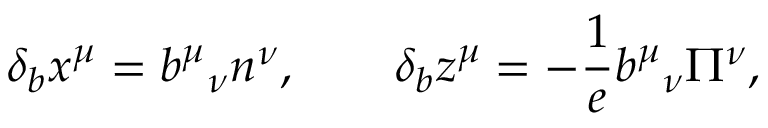
\qquad \delta _ { b } x ^ { \mu } = b ^ { \mu } { } _ { \nu } n ^ { \nu } , \qquad \delta _ { b } z ^ { \mu } = - \frac 1 { e } b ^ { \mu } { } _ { \nu } \Pi ^ { \nu } ,